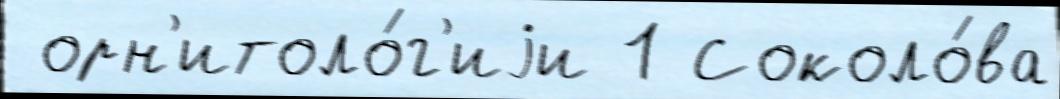
 орн'итоло́г'иjи 1 Соколо́ва